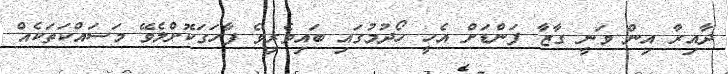
ދާއިރާ އިން ވަނީ ގާޒާ ފަންޑަށް އެހީ ހޯދުމުގައި ބައިވެރިވެ ފާހަގަކޮށްލެވޭ މަސައްކަތަކެއް